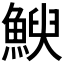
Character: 𮫿